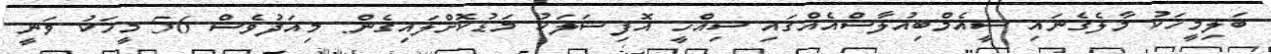
ބަލިމީހަކު މާލެގެނައި ސީއެމްބިއުލާސްއެއްގައި ސިއްހީ އޮފިޝަލަކު މަޑުކޮށްލައިގެން: މިއަދުވެސް 56 މީހަކު ވަނީ